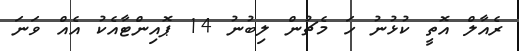
ރެއާލް އޮތީ ކުޅުނު ހަ މެޗުން ލިބުނު 14 ޕޮއިންޓާއެކު އެއް ވަނަ